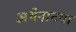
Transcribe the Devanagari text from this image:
अथेनाच्या